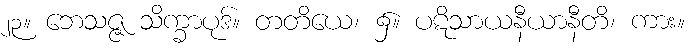
၂၃။ ဘေသဇ္ဇ သိက္ခာပုဒ်။ တတိယေ၊ ၌။ ပဋိသာယနီယာနီတိ၊ ကား။